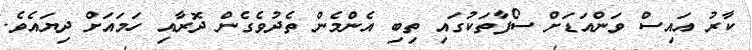
ކާރު އައިސް ވަންއަޑަށް ސޯފާތަކުގައި ތިބި އެންމެން ތެދުވެގެން ދޮރާއި ހަމައަށް ދިޔައެވެ.